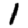
Digit: 1